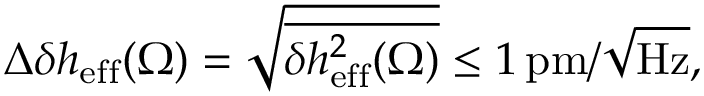
\Delta \delta h _ { \mathrm { e f f } } ( \Omega ) = \sqrt { \overline { { \delta h _ { \mathrm { e f f } } ^ { 2 } ( \Omega ) } } } \leq 1 \, \mathrm { p m } / \sqrt { \mathrm { H z } } ,